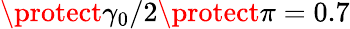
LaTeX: \protect\gamma_{0}/2\protect\pi=0.7